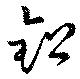
鈆